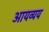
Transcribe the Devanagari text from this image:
आयव्यय